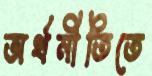
অর্থনীতিতে